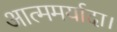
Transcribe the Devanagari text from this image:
आत्ममर्यादा।